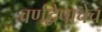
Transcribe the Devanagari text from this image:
वर्णद्वेषाचेच